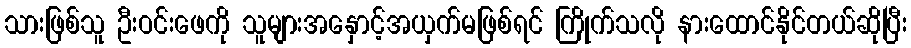
သားဖြစ်သူ ဦးဝင်းဖေကို သူများအနှောင့်အယှက်မဖြစ်ရင် ကြိုက်သလို နားထောင်နိုင်တယ်ဆိုပြီး